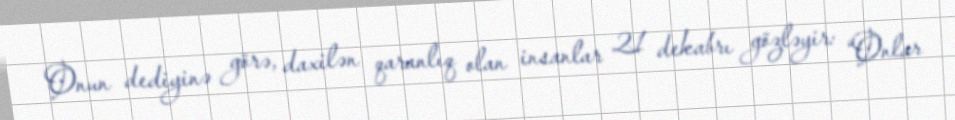
Onun dediyinə görə, daxilən qaranlıq olan insanlar 21 dekabrı gözləyir: “Onlar